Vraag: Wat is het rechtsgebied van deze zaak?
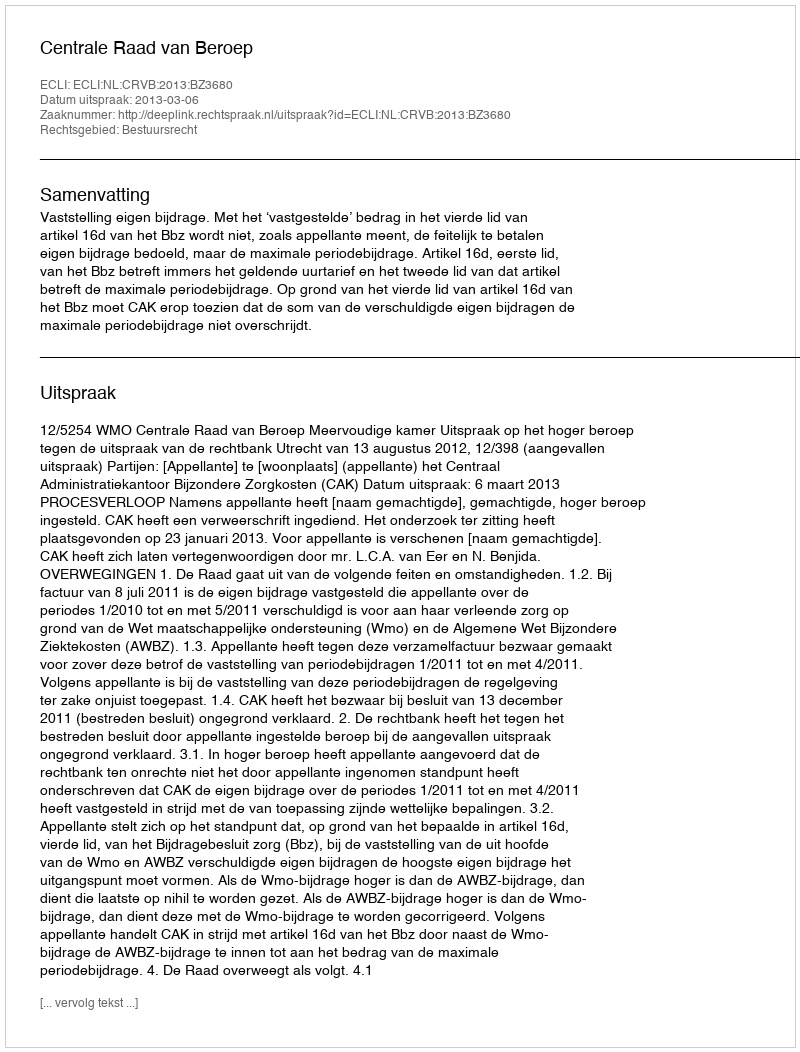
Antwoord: Bestuursrecht